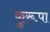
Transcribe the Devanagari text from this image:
कुरूपा